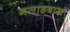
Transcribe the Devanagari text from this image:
गलाडबाख